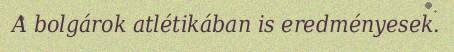
A bolgárok atlétikában is eredményesek.